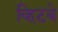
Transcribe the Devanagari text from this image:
व्हिटबे